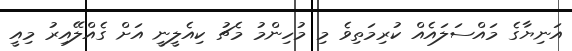
އަނިޔާގެ މައްސަލައެއް ކުރިމަތިވެ މި މުހިންމު މެޗު ކިއެލީނީ އަށް ގެއްލޭއިރު މިއީ